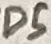
Text: D5